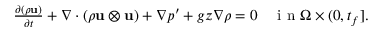
\begin{array} { r } { \frac { \partial ( \rho \mathbf u ) } { \partial t } + \nabla \cdot ( \rho \mathbf u \otimes \mathbf u ) + \nabla p ^ { \prime } + g z \nabla \rho = 0 \quad \mathrm { ~ i ~ n ~ } \Omega \times ( 0 , t _ { f } ] . } \end{array}